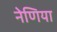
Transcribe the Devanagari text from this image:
नेणिया